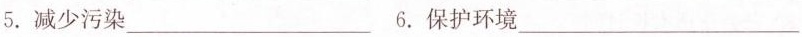
5.减少污染___6.保护环境___